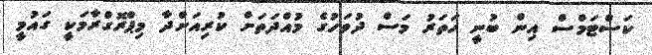
ކަސްޓަމްސް އިން ބުނީ ހަތަރު މަސް ދުވަހުގެ މުއްދަތަށް ކުރިއަށްދާ މިޕްރޮގްރާމަކީ ގައުމީ